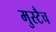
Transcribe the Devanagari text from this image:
मुस्टैच